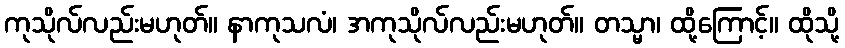
ကုသိုလ်လည်းမဟုတ်။ နာကုသလံ၊ အကုသိုလ်လည်းမဟုတ်။ တသ္မာ၊ ထို့ကြောင့်။ ထိုသို့